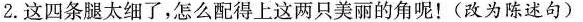
2. 这四条腿太细了，怎么配得上这两只美丽的角呢！(改为陈述句)